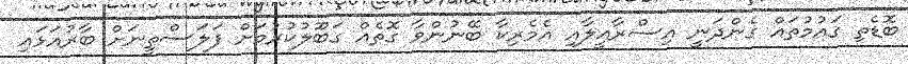
ބޮޑެތި ގައުމުތައް ގެންދަނީ އިސްރާއީލާއި އެމެރިކާ ބޭނުންވާ ގޮތެއް ގަބޫލުކުރުމަށް ފަލަސްތީނަށް ބާރުއަޅައި